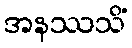
အနဿသိံ